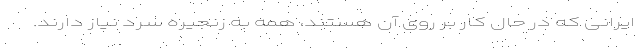
ایرانی که در حال کار بر روی آن هستند، همه به زنجیره سرد نیاز دارند.